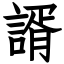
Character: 諝